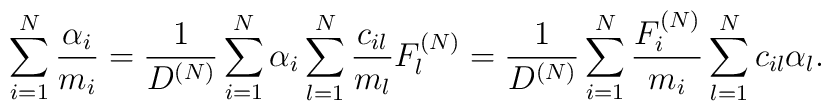
\sum\limits_{i=1}^{N} \frac{\alpha_i}{m_i}= \frac{1}{D^{(N)}} \sum\limits_{i=1}^{N} \alpha_i \sum\limits_{l=1}^{N} \frac{c_{il}}{m_l} F_l^{(N)}= \frac{1}{D^{(N)}} \sum\limits_{i=1}^{N} \frac{F_i^{(N)}}{m_i}\sum\limits_{l=1}^{N} c_{il} \alpha_l .